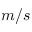
m / s